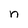
Character: n